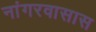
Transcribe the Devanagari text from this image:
नांगरवासास